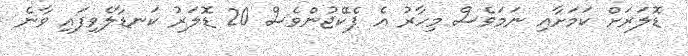
ޑޮލަރަށް ކަމަށާއި ނަމަވެސް މިހާރު އެ ޕެކޭޖުންވެސް 20 ޑޮލަރު ކަނޑާލެވިފައި ވާނެ